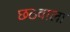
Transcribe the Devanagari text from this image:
छठवाला